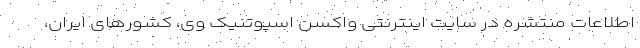
اطلاعات منتشره در سایت اینترنتی واکسن اسپوتنیک وی، کشورهای ایران،